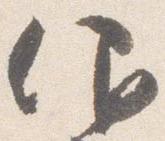
仰